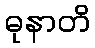
ဓုနာတိ